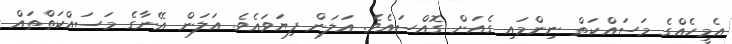
އެމީހެއްގެ މަސައްކަތް ނިންމައި ގެއަށް ގޮއްސައެވެ. އަލަން ފިޔަވައެވެ. އަލަން އޭނާގެ މަސައްކަތްތައް